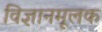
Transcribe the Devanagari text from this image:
विज्ञानमूलक